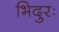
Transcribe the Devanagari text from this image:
भिदुरः